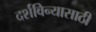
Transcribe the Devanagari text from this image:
दर्शविन्यासाठी